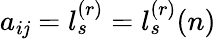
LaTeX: a_{i\mathit{j}}=l_{s}^{(r)}=l_{s}^{(r)}(n)